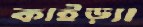
কাইড়্যা